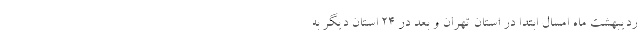
ردیبهشت ماه امسال ابتدا در استان تهران و بعد در ۲۴ استان دیگر به